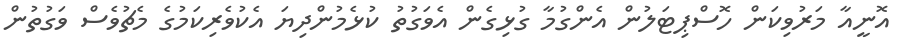
އޮނީއާ މަރުވިކަން ހޮސްޕިޓަލުން އެންގުމާ ގުޅިގެން އެވަގުތު ކުޅެމުންދިޔަ އެކުވެރިކަމުގެ މެޗުވެސް ވަގުތުން